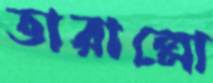
ভারাল্লো